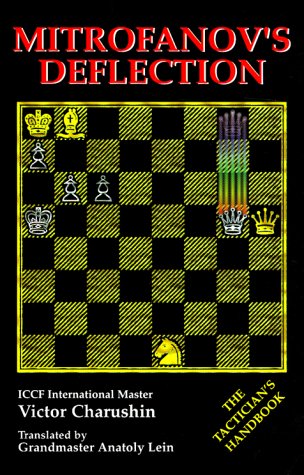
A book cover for Mitrofanov's Deflection (Annex Annex); Victor Charushin; Science Fiction & Fantasy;